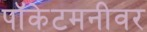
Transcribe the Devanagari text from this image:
पॉकेटमनीवर